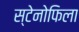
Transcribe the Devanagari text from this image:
स्टेनोफिला